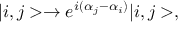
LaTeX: | i , j > \rightarrow e ^ { i ( \alpha _ { j } - \alpha _ { i } ) } | i , j > ,